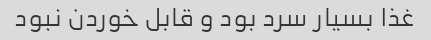
غذا بسیار سرد بود و قابل خوردن نبود